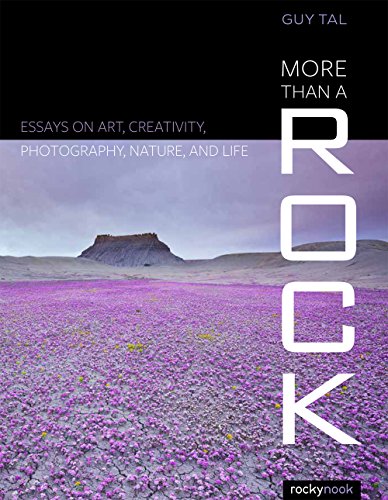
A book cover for More Than a Rock: Essays on Art, Creativity, Photography, Nature, and Life; Guy Tal; Arts & Photography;